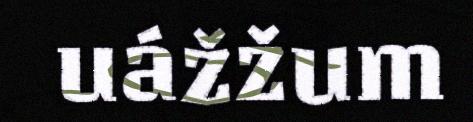
uážžum